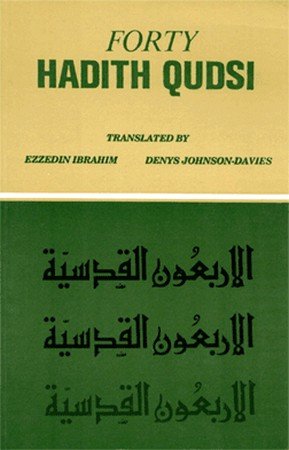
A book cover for Forty Hadith: Qudsi; Religion & Spirituality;